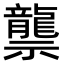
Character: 龒